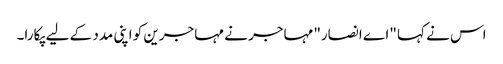
اس نے کہا "اے انصار" مہاجر نے مہاجرین کو اپنی مدد کے لیے پکارا۔